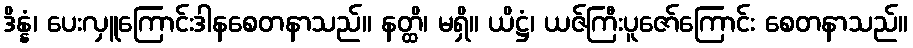
ဒိန္နံ၊ ပေးလှူကြောင်းဒါနစေတနာသည်။ နတ္ထိ၊ မရှိ။ ယိဋ္ဌံ၊ ယဇ်ကြီးပူဇော်ကြောင်း စေတနာသည်။